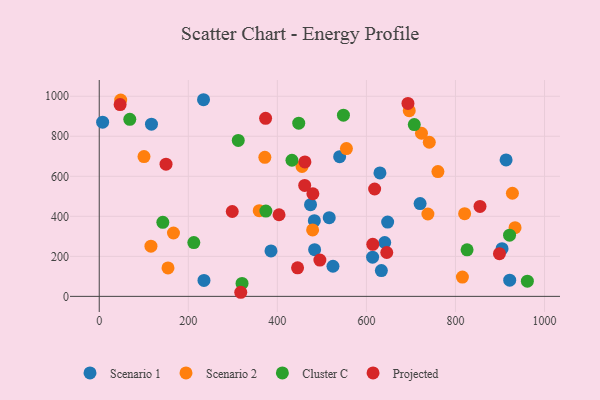
{"axis": {"x": "Experience", "y": "Fuel Efficiency"}, "legend": ["Cluster C", "Projected", "Scenario 1", "Scenario 2"], "data": [{"x": "720.6", "y": 463.5, "type": "Scenario 1"}, {"x": "641.1", "y": 269.2, "type": "Scenario 1"}, {"x": "117.3", "y": 860.3, "type": "Scenario 1"}, {"x": "539.9", "y": 698.2, "type": "Scenario 1"}, {"x": "516.5", "y": 393.2, "type": "Scenario 1"}, {"x": "633.6", "y": 128.7, "type": "Scenario 1"}, {"x": "630.4", "y": 616.9, "type": "Scenario 1"}, {"x": "647.7", "y": 371.1, "type": "Scenario 1"}, {"x": "234.2", "y": 982.7, "type": "Scenario 1"}, {"x": "483.7", "y": 233.4, "type": "Scenario 1"}, {"x": "474.5", "y": 458.4, "type": "Scenario 1"}, {"x": "921.8", "y": 80.7, "type": "Scenario 1"}, {"x": "7.6", "y": 870.6, "type": "Scenario 1"}, {"x": "483.1", "y": 378.4, "type": "Scenario 1"}, {"x": "385.7", "y": 227.0, "type": "Scenario 1"}, {"x": "904.6", "y": 238.2, "type": "Scenario 1"}, {"x": "235.2", "y": 79.5, "type": "Scenario 1"}, {"x": "524.9", "y": 150.5, "type": "Scenario 1"}, {"x": "913.7", "y": 681.8, "type": "Scenario 1"}, {"x": "613.9", "y": 196.0, "type": "Scenario 1"}, {"x": "166.7", "y": 316.7, "type": "Scenario 2"}, {"x": "933.8", "y": 343.4, "type": "Scenario 2"}, {"x": "48.2", "y": 980.8, "type": "Scenario 2"}, {"x": "815.6", "y": 96.6, "type": "Scenario 2"}, {"x": "154.4", "y": 142.3, "type": "Scenario 2"}, {"x": "359.3", "y": 428.4, "type": "Scenario 2"}, {"x": "100.5", "y": 698.4, "type": "Scenario 2"}, {"x": "820.6", "y": 413.4, "type": "Scenario 2"}, {"x": "371.9", "y": 694.9, "type": "Scenario 2"}, {"x": "741.2", "y": 770.1, "type": "Scenario 2"}, {"x": "927.9", "y": 515.2, "type": "Scenario 2"}, {"x": "116.1", "y": 250.9, "type": "Scenario 2"}, {"x": "479.2", "y": 332.2, "type": "Scenario 2"}, {"x": "760.6", "y": 623.7, "type": "Scenario 2"}, {"x": "696.2", "y": 928.2, "type": "Scenario 2"}, {"x": "723.7", "y": 815.1, "type": "Scenario 2"}, {"x": "555.1", "y": 738.8, "type": "Scenario 2"}, {"x": "738.1", "y": 411.7, "type": "Scenario 2"}, {"x": "455.4", "y": 649.3, "type": "Scenario 2"}, {"x": "374.2", "y": 426.4, "type": "Cluster C"}, {"x": "707.5", "y": 858.7, "type": "Cluster C"}, {"x": "68.6", "y": 884.5, "type": "Cluster C"}, {"x": "432.8", "y": 680.1, "type": "Cluster C"}, {"x": "961.5", "y": 76.0, "type": "Cluster C"}, {"x": "548.4", "y": 905.5, "type": "Cluster C"}, {"x": "921.5", "y": 305.7, "type": "Cluster C"}, {"x": "212.4", "y": 268.9, "type": "Cluster C"}, {"x": "448.0", "y": 865.4, "type": "Cluster C"}, {"x": "826.1", "y": 232.8, "type": "Cluster C"}, {"x": "312.2", "y": 779.2, "type": "Cluster C"}, {"x": "320.7", "y": 64.8, "type": "Cluster C"}, {"x": "142.8", "y": 369.9, "type": "Cluster C"}, {"x": "479.8", "y": 512.7, "type": "Projected"}, {"x": "693.3", "y": 964.3, "type": "Projected"}, {"x": "298.7", "y": 424.1, "type": "Projected"}, {"x": "445.4", "y": 142.5, "type": "Projected"}, {"x": "645.7", "y": 219.3, "type": "Projected"}, {"x": "614.3", "y": 260.2, "type": "Projected"}, {"x": "898.8", "y": 213.2, "type": "Projected"}, {"x": "855.1", "y": 449.5, "type": "Projected"}, {"x": "461.4", "y": 554.6, "type": "Projected"}, {"x": "403.8", "y": 407.8, "type": "Projected"}, {"x": "46.9", "y": 958.7, "type": "Projected"}, {"x": "495.5", "y": 181.3, "type": "Projected"}, {"x": "373.6", "y": 889.9, "type": "Projected"}, {"x": "317.8", "y": 20.4, "type": "Projected"}, {"x": "618.5", "y": 536.6, "type": "Projected"}, {"x": "461.9", "y": 671.7, "type": "Projected"}, {"x": "150.0", "y": 660.5, "type": "Projected"}]}